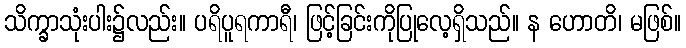
သိက္ခာသုံးပါး၌လည်း။ ပရိပူရကာရီ၊ ဖြင့်ခြင်းကိုပြုလေ့ရှိသည်။ န ဟောတိ၊ မဖြစ်။